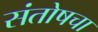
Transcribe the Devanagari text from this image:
संतोषचा